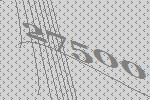
27500